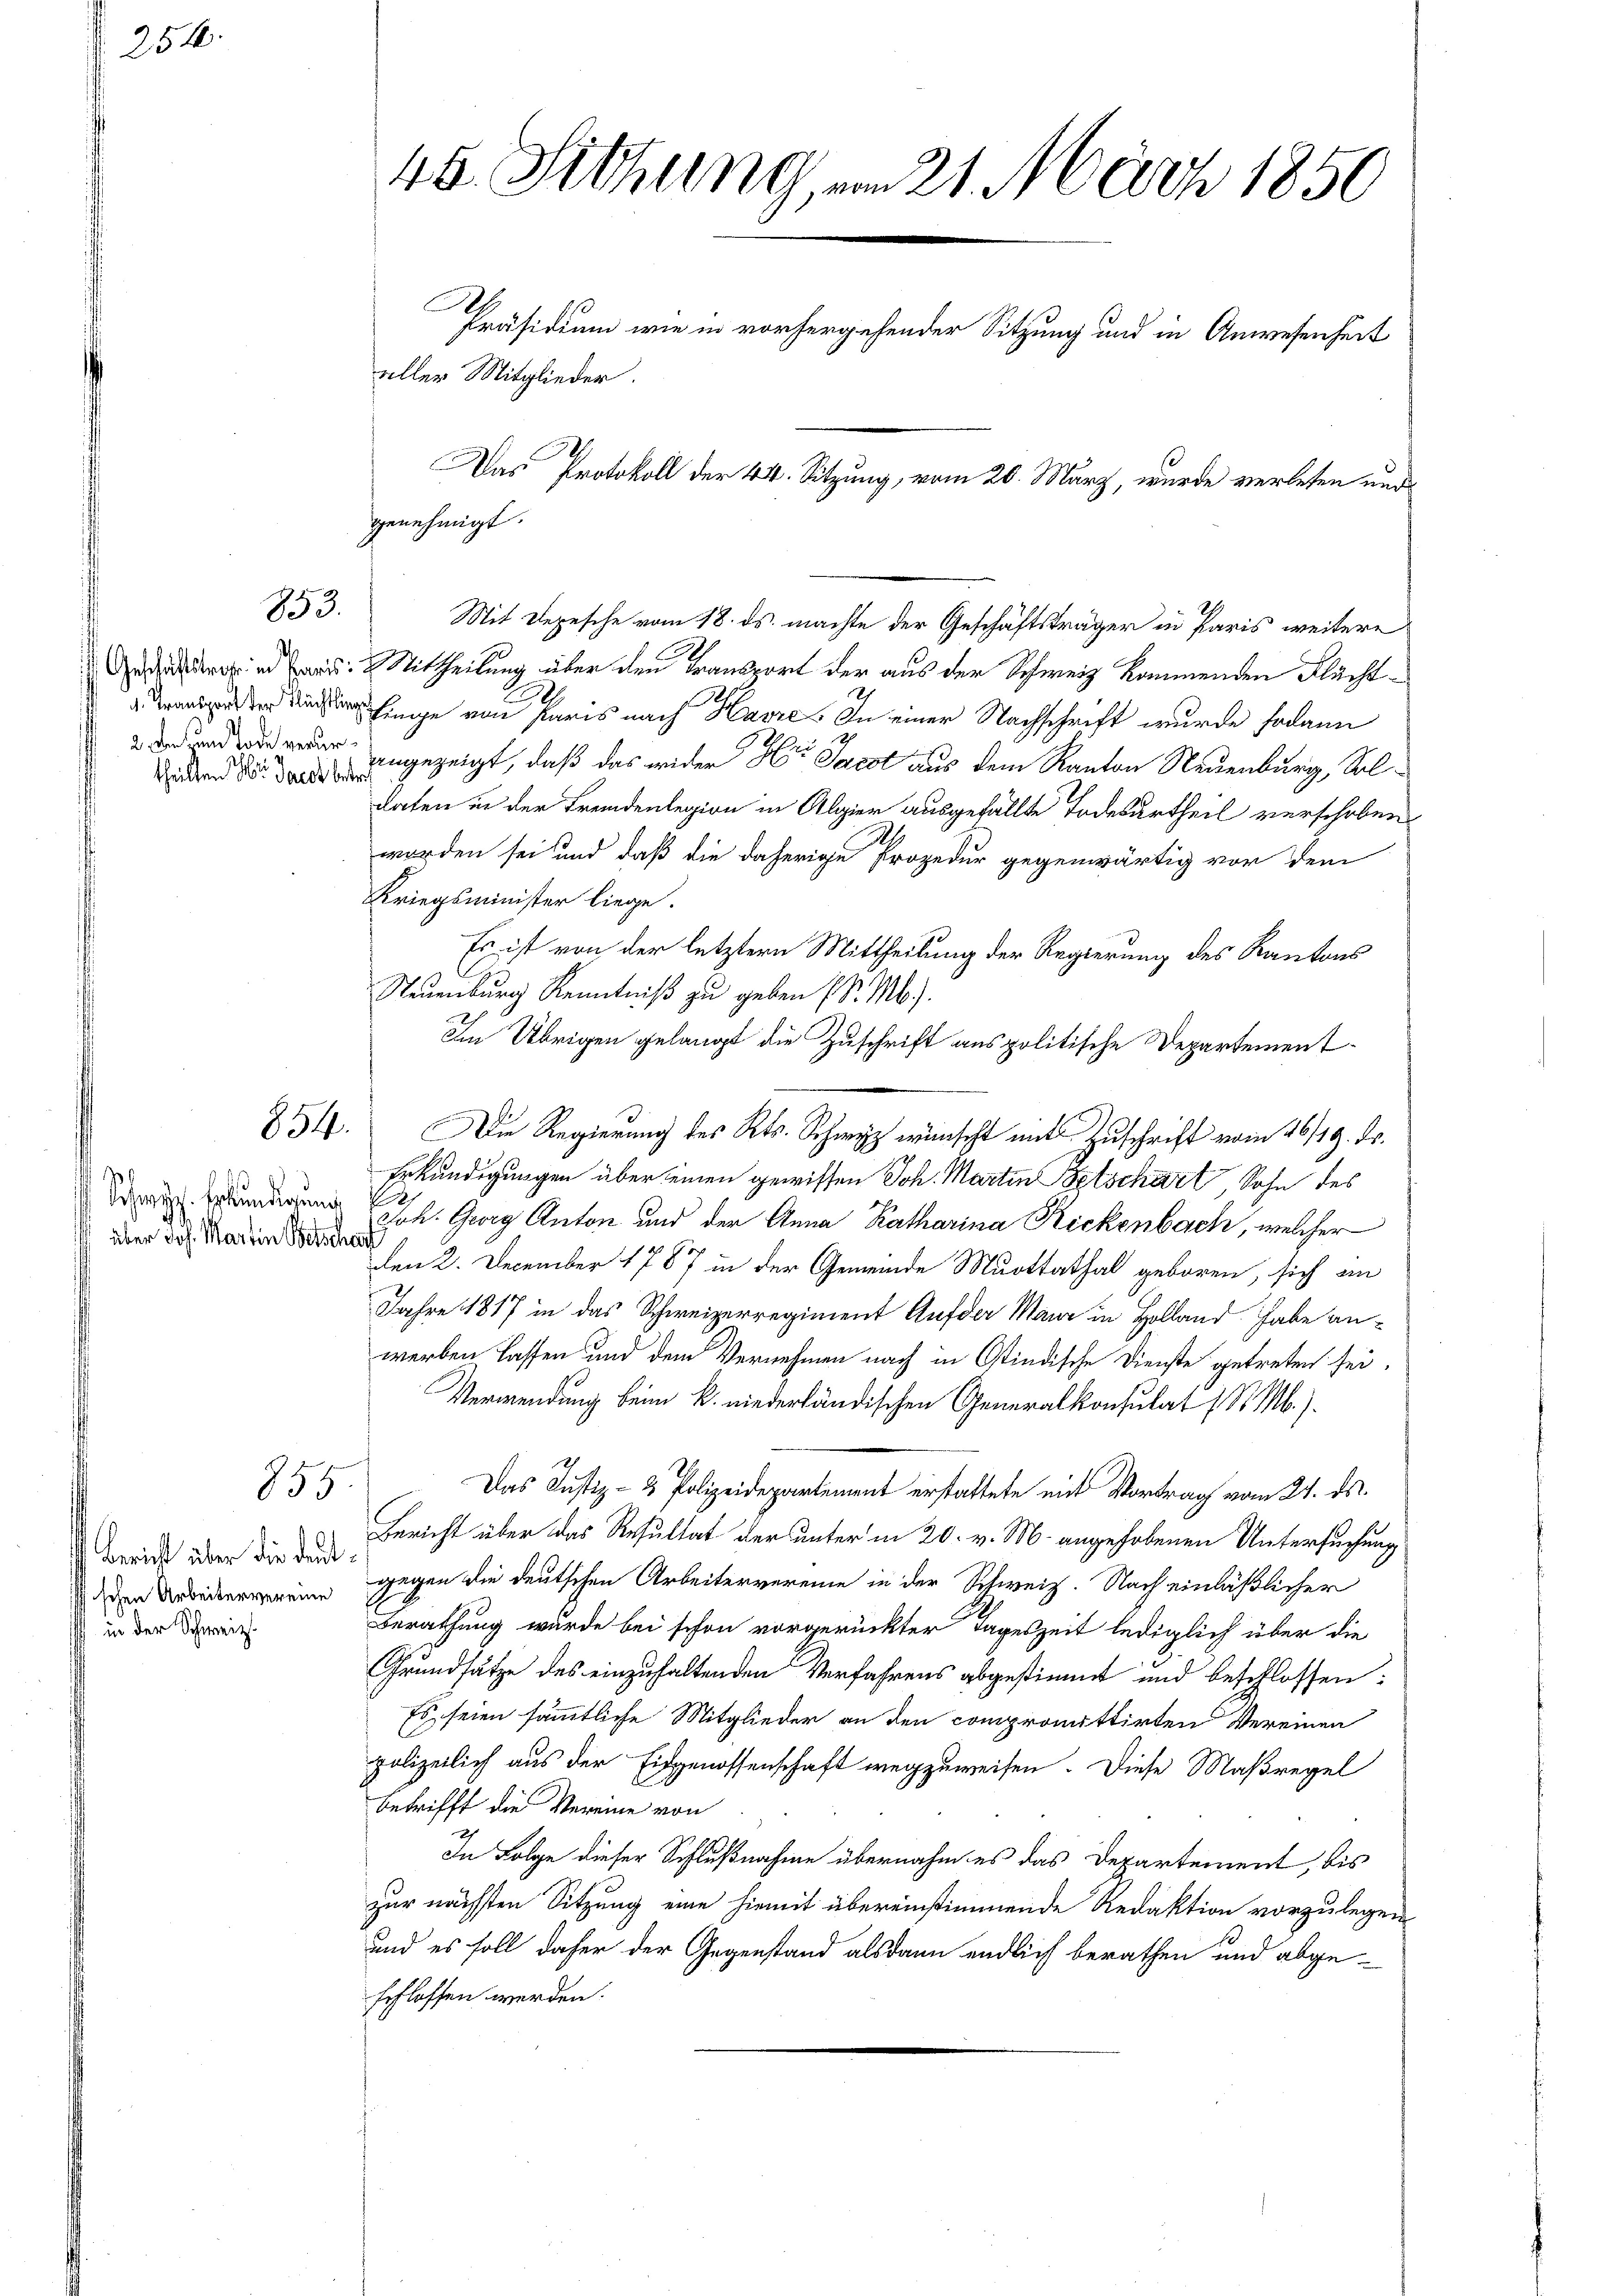
256.

Geschäftstrafe in Paris
1. Transport der Flüchtling
2. den zum Tode verurtheilten bei Jacot betr

0
esey. Erkundigung
über Joh. Martin Betsche

853.

854.

855.

Bericht über die deutschen Arbeitervereine
in der Schweiz.

46. Sitzung, am 21. März 1850
C
Präsidium wie in vorhergehender Sitzung und in Anwesenheit
aller Mitglieder.
Das Protokoll der 44. Sitzung, vom 20. März, wurde verlesen und

Mit Depesche vom 18. ds. machte der Geschäftsträger in Paris weitere
Mittheilung über den Transport der aus der Schweiz kommenden Flächt¬
A
Einge von Paris nach Havre. In einer Nachschrift wurde sodann
angezeigt, daß das wider Hr. Jacot aus dem Kanton Neuenburg, Soldaten in der Fremdenlegion in Algier ausgefällte Todesurtheil verschoben
.
worden sei und daß die daherige Prozedur gegenwärtig vor dem
Kriegsminister liege.
Es ist von der letztern Mittheilung der Regierung des Kantons
Neuenburg Kenntniß zu geben (S. Mb.).
Im Übrigen gelangt die Zuschrift aus politische Departement¬
Die Regierung des Kts. Schwyz wünscht mit Zuschrift vom 16/19. ds.
Erkundigungen über einen gewissen Joh. Martin Betschart, Sohn des
8
Joh. Georg Anton und der Anna Katharina Rickenbach, welcher
d
den 2. December 1787 in der Gemeinde Muottathal geboren, sich an
Jahre 1817 in das Schweizerregiment Auf der Maur in Holland habe anwerben lassen und dem Vernehmen nach in Ostindische Dienste getreten sei,
Verwendung beim k. niederländischen Generalkonsulat (S. M.).
Das Justiz- & Polizeidepartement erstattete mit Vortrag vom 24. ds.
Bericht über das Resultat der unter in 20. v. M. angehobenen Untersuchung
gegen die deutschen Arbeitervereine in der Schweiz. Nach einläßlicher
Berathung wurde bei schon vorgerückter Tageszeit lediglich über die
Grundsätze des einzuhaltenden Verfahrens abgestimmt und beschlossen:
Es seien sämmtliche Mitglieder an den compromittirten Vereinen
polizeilich aus der Eidgenossenschaft wegzuweisen. Diese Maßregel
betrifft die Vereine von
In Folge dieser Schlußnahme übernahm es das Departement, bis
zur nächsten Sitzung eine hiemit übereinstimmende Redaktion vorzulegen
und es soll daher der Gegenstand alsdann endlich berathen und abgeschlossen werden.

genehmigt.